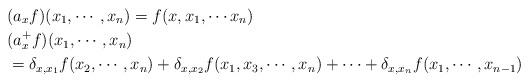
LaTeX: \begin{align*} &(a_xf)(x_1,\cdots ,x_n) = f(x,x_1,\cdots x_n)\\ &(a_x^+f)(x_1,\cdots ,x_n)\\ & = \delta_{x,x_1}f(x_2,\cdots ,x_n) +\delta_{x,x_2}f(x_1,x_3,\cdots ,x_n)+\cdots + \delta_{x,x_n}f(x_1,\cdots ,x_{n-1})\end{align*}